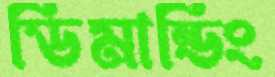
ডিমান্ডিং